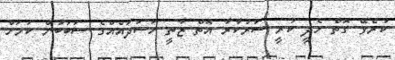
ކުރެވޭ ގޮތް ހެދީ ކުރީ ސަރުކާރާ އޮތް ޒާތީ ހަސަދައެއްގެ ސަބަބުން ކަމަށް